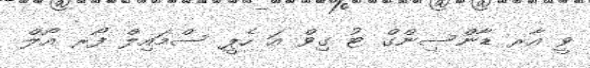
ވީ އާރ ޑާންސިންގް ޓު ގިވް އަ ހެޕީ ސްމައިލް ފޯރ އޯލް